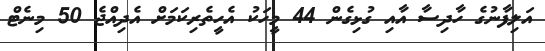
އަލިފާނުގެ ހާދިސާ އާއި ގުޅިގެން 44 މީހަކު އެހީތެރިކަމަށް އެދިއްޖެ 50 މިނެޓް